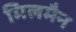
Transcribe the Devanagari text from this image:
मिलमैन